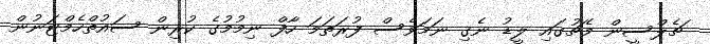
ޗެލްސީން މެޗުގައި ލީޑު ނެގި ނަމަވެސް ފުރަތަމަ ހާފް ނިމުމުގެ ކުރިން ސައުތްހެމްޓަނުން